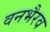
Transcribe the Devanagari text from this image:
वनभैरव